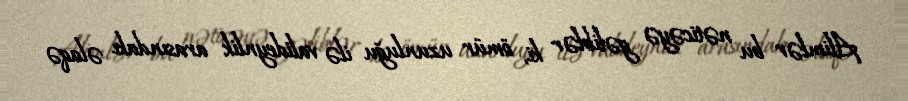
Alimlər bu nəticəyə gəliblər ki, ömür uzunluğu ilə valideynlik arasındakı əlaqə